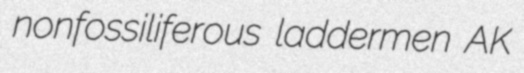
nonfossiliferous laddermen AK